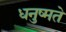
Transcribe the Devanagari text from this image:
धनुष्मते